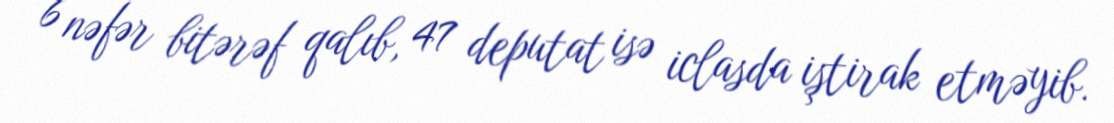
6 nəfər bitərəf qalıb, 47 deputat isə iclasda iştirak etməyib.